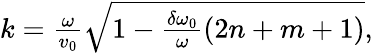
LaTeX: \begin{array}{r}{k=\frac{\omega}{v_{0}}\sqrt{1-\frac{\delta\omega_{0}}{\omega}(2n+m+1)},}\end{array}